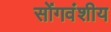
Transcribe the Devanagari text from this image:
सोंगवंशीय